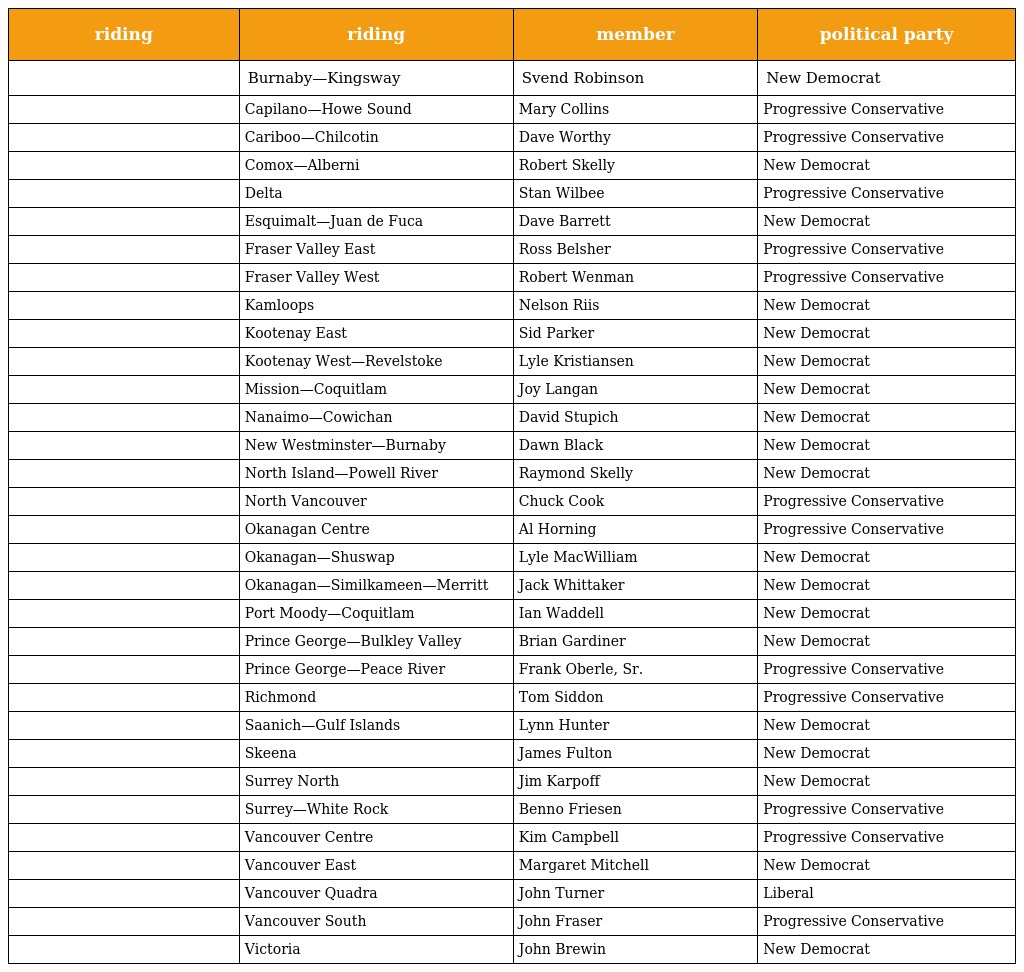
| riding | riding | member | political party |
 | --- | --- | --- | --- |
 |  | Burnaby—Kingsway | Svend Robinson | New Democrat |
 |  | Capilano—Howe Sound | Mary Collins | Progressive Conservative |
 |  | Cariboo—Chilcotin | Dave Worthy | Progressive Conservative |
 |  | Comox—Alberni | Robert Skelly | New Democrat |
 |  | Delta | Stan Wilbee | Progressive Conservative |
 |  | Esquimalt—Juan de Fuca | Dave Barrett | New Democrat |
 |  | Fraser Valley East | Ross Belsher | Progressive Conservative |
 |  | Fraser Valley West | Robert Wenman | Progressive Conservative |
 |  | Kamloops | Nelson Riis | New Democrat |
 |  | Kootenay East | Sid Parker | New Democrat |
 |  | Kootenay West—Revelstoke | Lyle Kristiansen | New Democrat |
 |  | Mission—Coquitlam | Joy Langan | New Democrat |
 |  | Nanaimo—Cowichan | David Stupich | New Democrat |
 |  | New Westminster—Burnaby | Dawn Black | New Democrat |
 |  | North Island—Powell River | Raymond Skelly | New Democrat |
 |  | North Vancouver | Chuck Cook | Progressive Conservative |
 |  | Okanagan Centre | Al Horning | Progressive Conservative |
 |  | Okanagan—Shuswap | Lyle MacWilliam | New Democrat |
 |  | Okanagan—Similkameen—Merritt | Jack Whittaker | New Democrat |
 |  | Port Moody—Coquitlam | Ian Waddell | New Democrat |
 |  | Prince George—Bulkley Valley | Brian Gardiner | New Democrat |
 |  | Prince George—Peace River | Frank Oberle, Sr. | Progressive Conservative |
 |  | Richmond | Tom Siddon | Progressive Conservative |
 |  | Saanich—Gulf Islands | Lynn Hunter | New Democrat |
 |  | Skeena | James Fulton | New Democrat |
 |  | Surrey North | Jim Karpoff | New Democrat |
 |  | Surrey—White Rock | Benno Friesen | Progressive Conservative |
 |  | Vancouver Centre | Kim Campbell | Progressive Conservative |
 |  | Vancouver East | Margaret Mitchell | New Democrat |
 |  | Vancouver Quadra | John Turner | Liberal |
 |  | Vancouver South | John Fraser | Progressive Conservative |
 |  | Victoria | John Brewin | New Democrat |